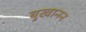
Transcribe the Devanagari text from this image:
बुखानन